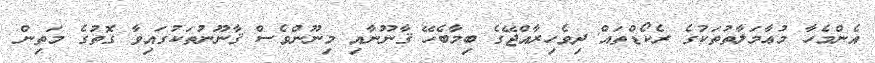
އެންމެހާ މުޢާމަލާތުތަކުގެ ރެކޯޑްތައް ދިވެހިރާއްޖޭގެ ބިމާބެހޭ ޤާނޫނާއި މިނޫންވެސް ޤާނޫނުތަކުގައިވާ ގޮތުގެ މަތިން